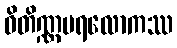
ဝိတိဏ္ဏပရလောကဿ